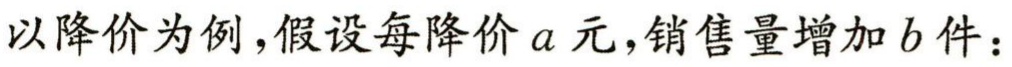
以降价为例，假设每降价\(a\)元，销售量增加\(b\)件：